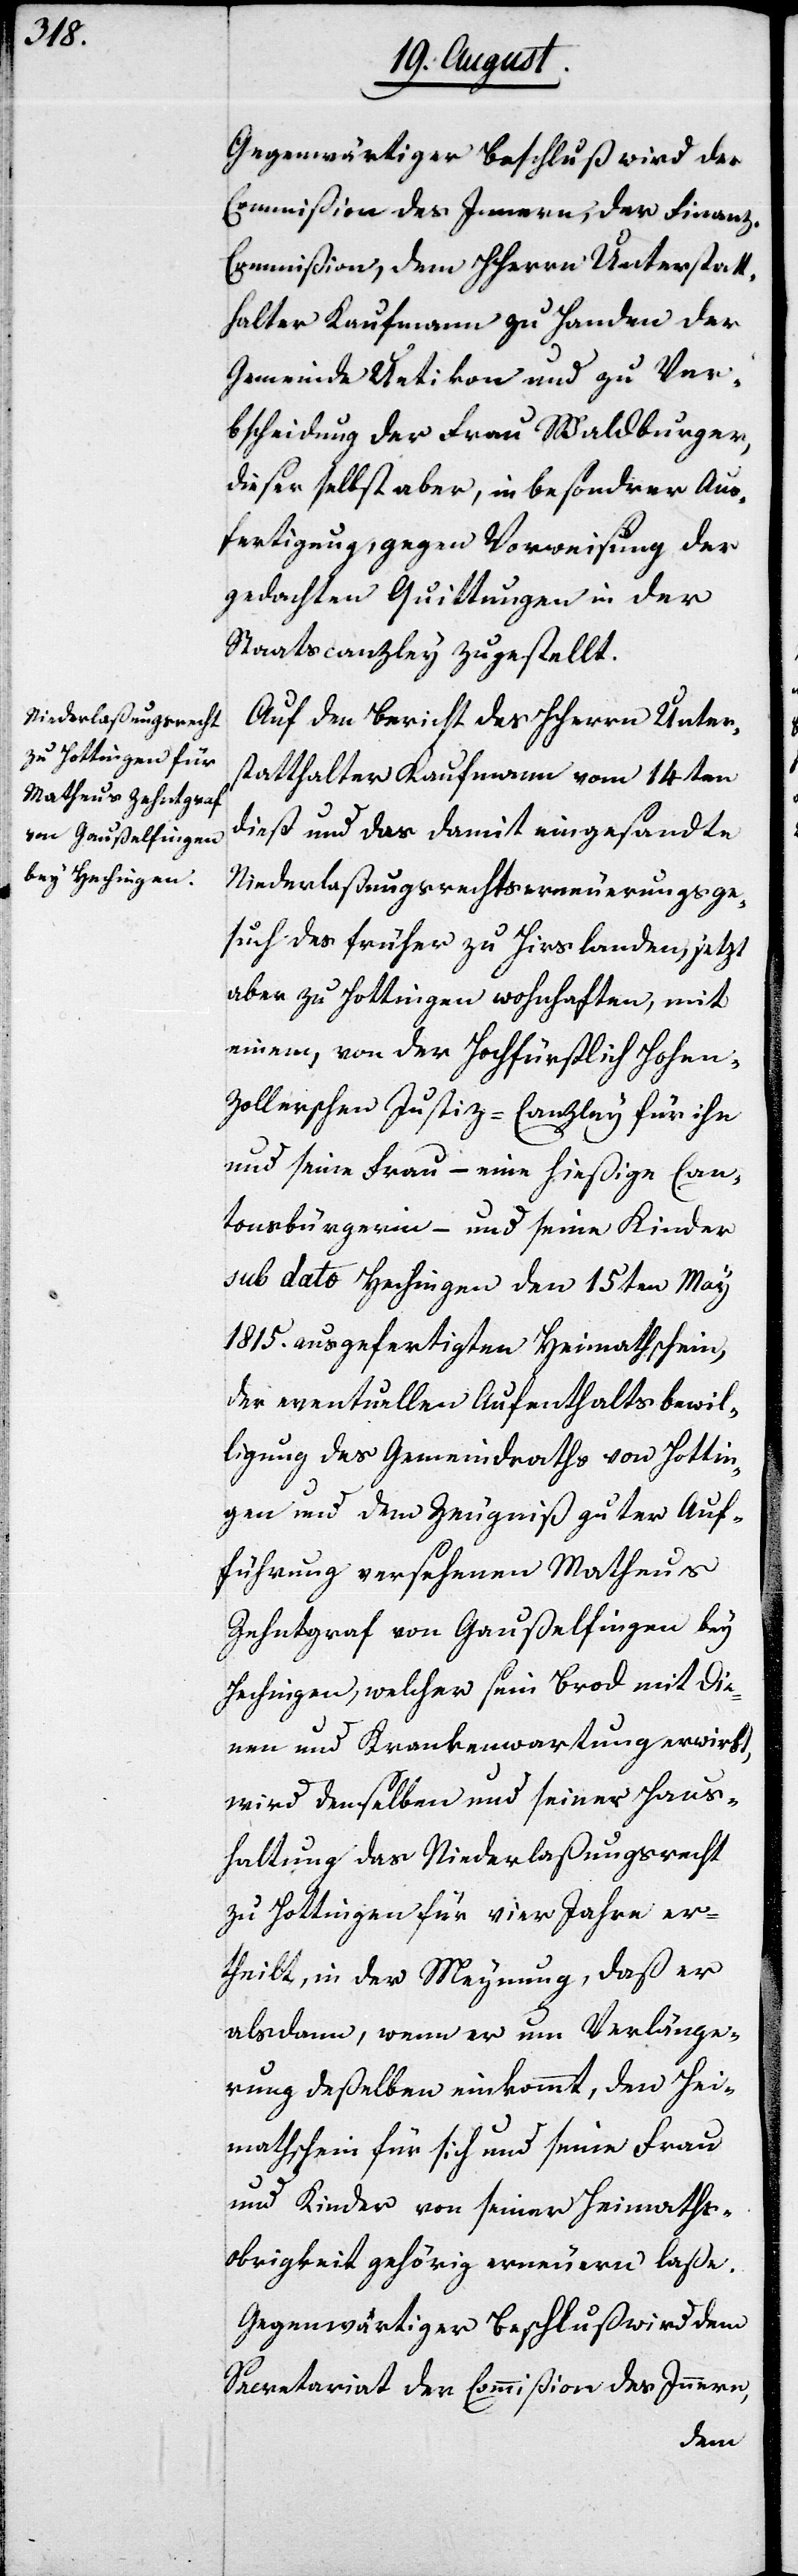
Gegenwärtiger Beschluß wird der
Commißion des Innern, der Finan¬
z-Commißion, dem HHerrn Unterstatt¬
halter Kaufmann zu Handen der
Gemeinde Uetikon und zu Ver¬
bscheidung der Frau Waldburger,
dieser selbst aber, in besonderer Aus¬
fertigung, gegen Vorweisung der
gedachten Quittungen in der
Staatscanzley zugestellt.
Auf den Bericht des HHerrn Unter¬
statthalter Kaufmann vom 14ten
dieß und das damit eingesandte
Niederlaßungsrechtserneuerungsge¬
such des früher zu Hirslanden, jetzt
aber zu Hottingen wohnhaften, mit
einem, von der Hochfürstlich Hohen¬
zollerschen Justiz-Canzley für ihn
und seine Frau – eine hießige Can¬
tonsbürgerin – und seine Kinder
sub dato Hechingen den 15ten May
1815. ausgefertigten Heimathschein,
der eventuellen Aufenthaltsbewil¬
ligung des Gemeindraths von Hottin¬
gen und dem Zeugniß guter Auf¬
führung versehenen Matheus
Zehntgraf von Gaußelfingen bey
Hechingen, welcher sein Brod mit Die¬
nen und Krankenwartung erwirbt,
wird demselben und seiner Haus¬
haltung das Niederlaßungsrecht
zu Hottingen für vier Jahre er¬
theilt, in der Meynung, daß er
alsdann, wenn er um Verlänge¬
rung deßelben einkommt, den Hei¬
mathschein für sich und seine Frau
und Kinder von seiner Heimaths¬
obrigkeit gehörig erneuern laße.
Gegenwärtiger Beschluß wird dem
Secretariat der Commißion des Innern,